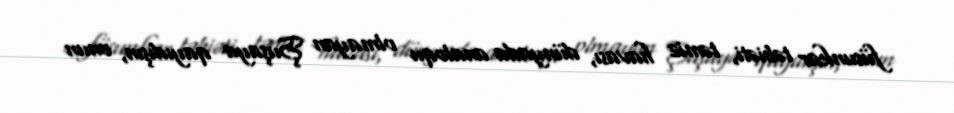
füsunkar təbiəti, təmiz havası, dünyada analoqu olmayan Şuşaya qayıdışın, onun